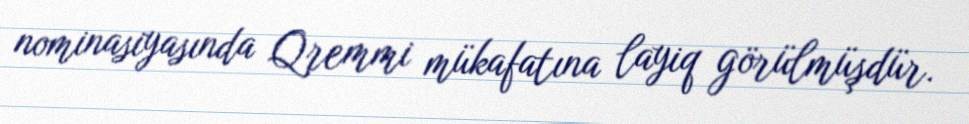
nominasiyasında Qremmi mükafatına layiq görülmüşdür.